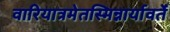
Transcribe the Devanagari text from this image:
वारियात्रमेतस्मिन्नार्यावर्तें